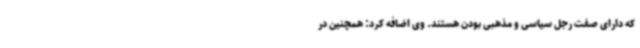
که دارای صفت رجل سیاسی و مذهبی بودن هستند. وی اضافه کرد: همچنین در